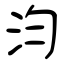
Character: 汮